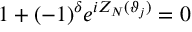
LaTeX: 1 + ( - 1 ) ^ { \delta } e ^ { i Z _ { N } ( \vartheta _ { j } ) } = 0